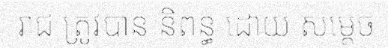
រាជ ត្រូវបាន និពន្ធ ដោយ សម្តេច